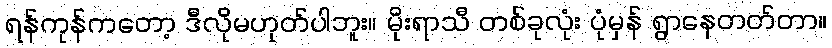
ရန်ကုန်ကတော့ ဒီလိုမဟုတ်ပါဘူး။ မိုးရာသီ တစ်ခုလုံး ပုံမှန် ရွာနေတတ်တာ။